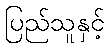
ပြည်သူနှင့်